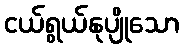
ငယ်ရွယ်နုပျိုသော